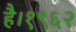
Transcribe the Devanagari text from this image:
है।१९६२